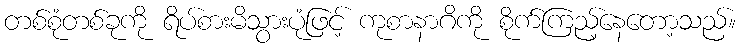
တစ်စုံတစ်ခုကို ရိပ်စားမိသွားပုံဖြင့် ကုစာနာဂိကို စိုက်ကြည့်နေတော့သည်။